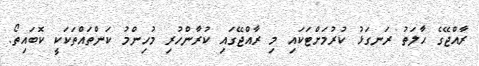
ރާއްޖޭގެ ޙާލަތު ރަނގަޅު ކުރުމަށްޓަކައި މި ރާއްޖޭގައި ކުރާންހުރި މުހިންމު ކަންތައްތަކަކީ ކޮބައިތޯ.